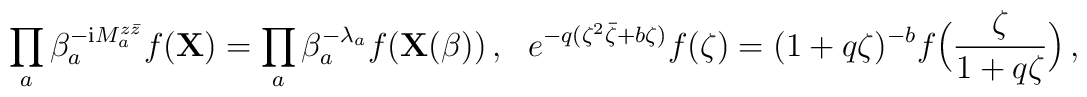
\!\! \prod_a \beta_a^{-{\rm i} M_a^{z\bar{z}}}f({\bf X})=\prod_a\beta_a^{-\lambda_a}f({\bf X}(\beta))\,,\quad\!\!e^{-q(\zeta^2\bar{\zeta}+b\zeta)}f(\zeta)=(1+q\zeta)^{-b}f\Bigl(\frac{\zeta}{1+q\zeta}\Bigr)\,,